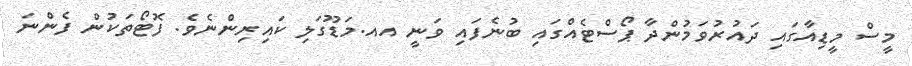
މީސް މީޑިއާގައި ދައުރުވަމުންދާ ޕޯސްޓެއްގައި ބުނެފައި ވަނީ އއ.މަޑޫގަލި ކައިރިންނެވެ. ފޮޓޯތަކުން ފެންނަ